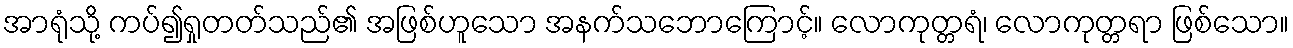
အာရုံသို့ ကပ်၍ရှုတတ်သည်၏ အဖြစ်ဟူသော အနက်သဘောကြောင့်။ လောကုတ္တရံ၊ လောကုတ္တရာ ဖြစ်သော။